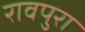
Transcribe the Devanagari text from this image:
रावपुरा